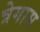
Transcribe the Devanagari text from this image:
त्रेगाम